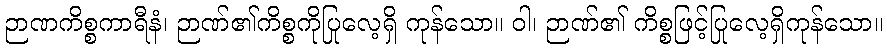
ဉာဏကိစ္စကာရီနံ၊ ဉာဏ်၏ကိစ္စကိုပြုလေ့ရှိ ကုန်သော။ ဝါ၊ ဉာဏ်၏ ကိစ္စဖြင့်ပြုလေ့ရှိကုန်သော။